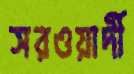
সরওয়ার্দী